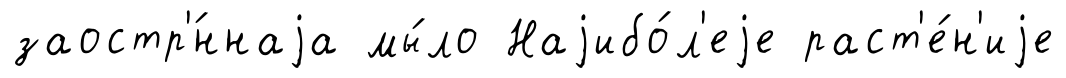
заостр'́ннаjа мы́ло Наjибо́л'еjе раст'е́н'иjе